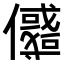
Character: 𠐲